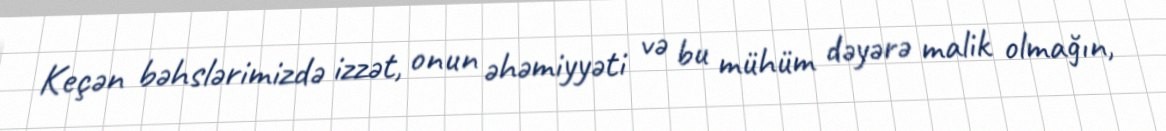
Keçən bəhslərimizdə izzət, onun əhəmiyyəti və bu mühüm dəyərə malik olmağın,